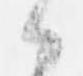
候